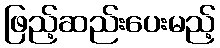
ဖြည့်ဆည်းပေးမည့်